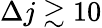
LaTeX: \Delta j\gtrsim 10